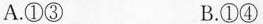
A.①③ B.①④